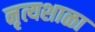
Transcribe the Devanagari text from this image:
नृत्यशाळा